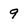
Character: 9